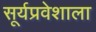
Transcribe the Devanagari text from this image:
सूर्यप्रवेशाला